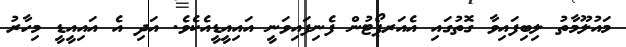
މައުލޫމާތު ލިބިފައިވާ ގޮތުގައި އެއަރޕޯޓުން ފެނިފައިވަނީ އައިއީޑީއެކެވެ. އަދި އެ އައިއީޑީ މިހާރު